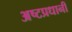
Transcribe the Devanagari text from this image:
अष्टप्रधानी